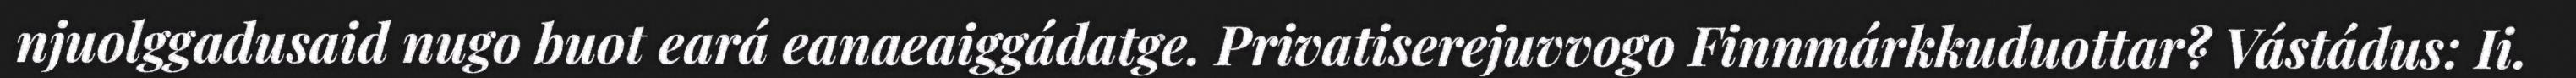
njuolggadusaid nugo buot eará eanaeaiggádatge. Privatiserejuvvogo Finnmárkkuduottar? Vástádus: Ii.